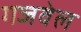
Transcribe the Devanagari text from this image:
गजवेल